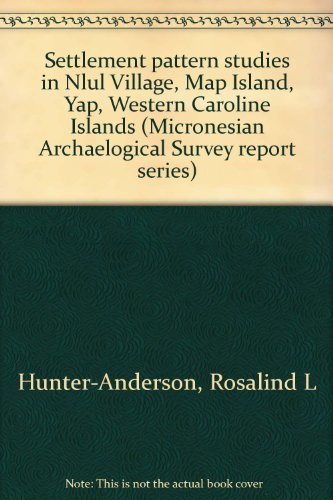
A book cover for Settlement pattern studies in Nlul Village, Map Island, Yap, Western Caroline Islands (Micronesian Archaelogical Survey report series); Rosalind L Hunter-Anderson; Travel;